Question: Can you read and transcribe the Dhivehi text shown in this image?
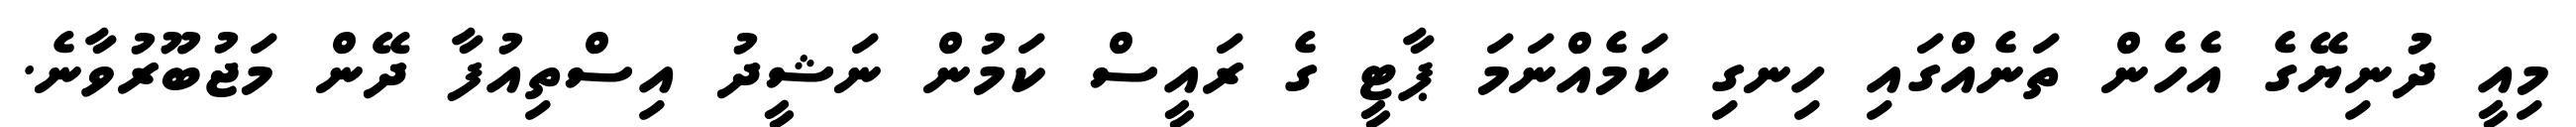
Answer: މިއީ ދުނިޔޭގެ އެހެން ތަނެއްގައި ހިނގި ކަމެއްނަމަ ޕާޓީ ގެ ރައީސް ކަމުން ނަޝީދު އިސްތިއުފާ ދޭން މަޖުބޫރުވާނެ.